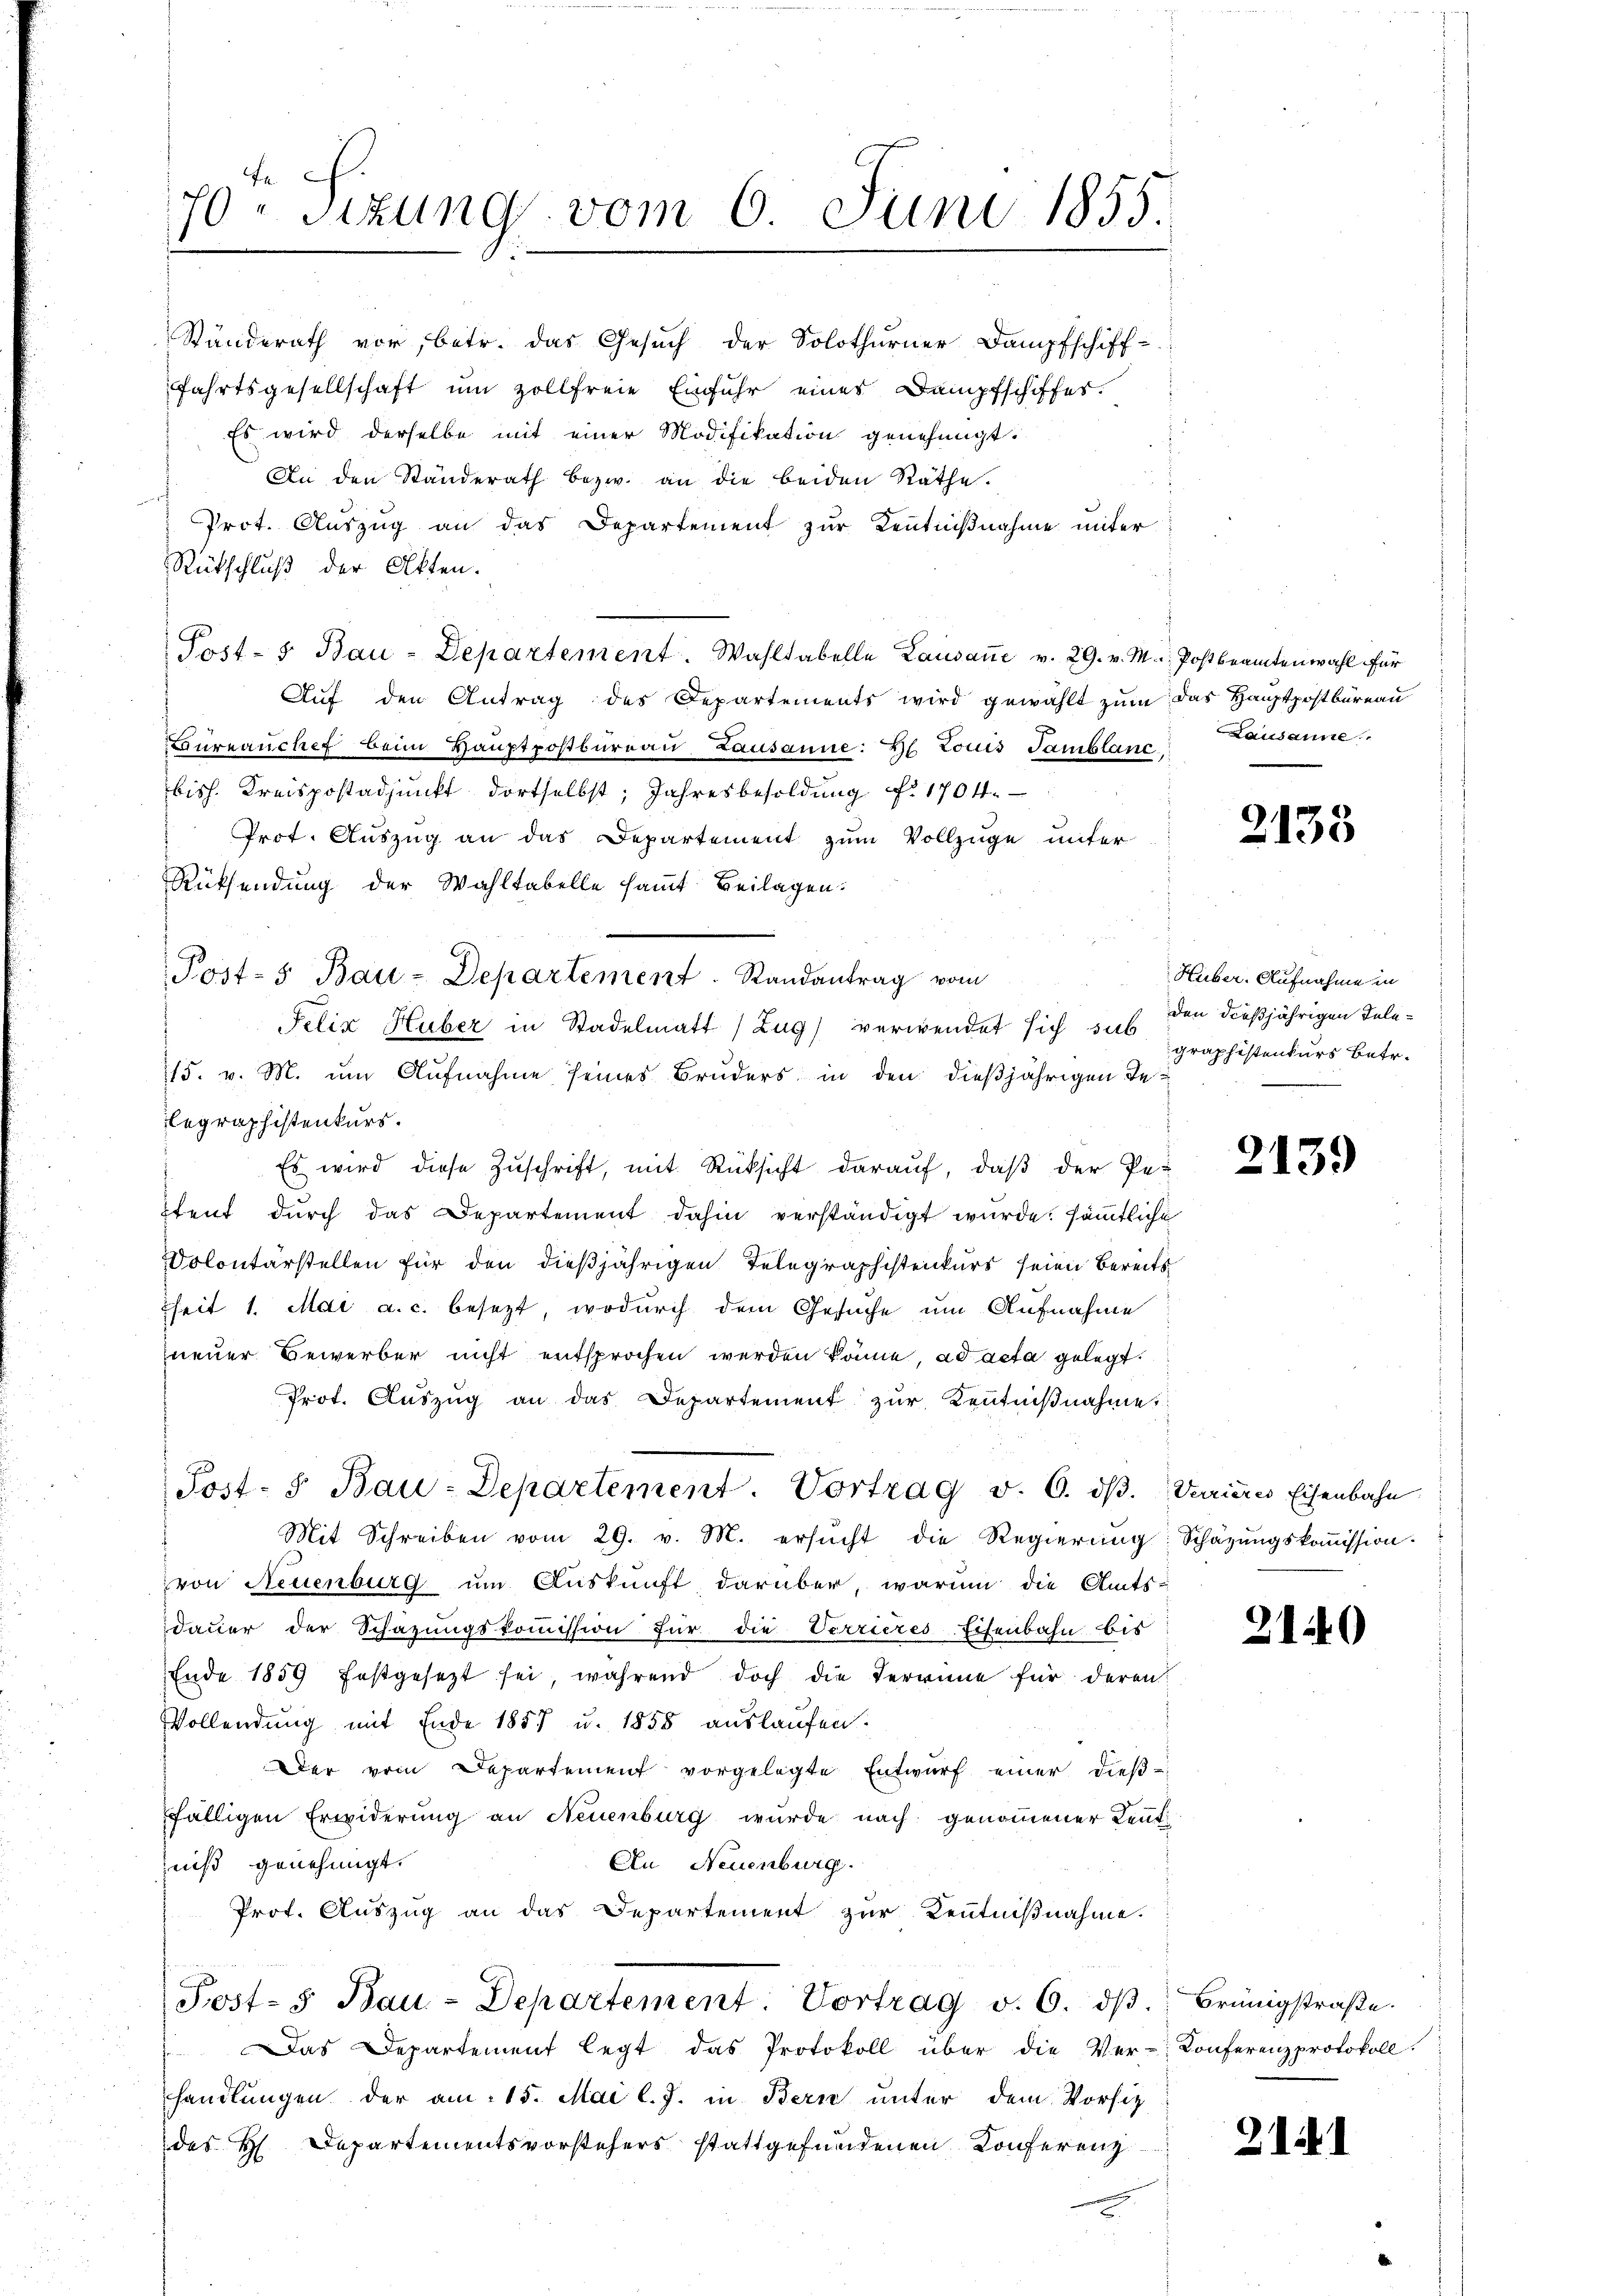
70ten Sizung vom 6. Juni 1855.

fahrtsgesellschaft um zollfreie Einfuhr eines Dampfschiffes.
Es wird derselbe mit einer Modifikation genehmigt.
An den Standerath bezw. an die beiden Räthe.
Prot. Auszug an das Departement zur Kenntnißnahme unter
Rückschluß der Akten.
Post- & Bau-Departement. Wahltabelle Lausaṅe v. 29. v. M. Postbeamtenwahl für
Aŭf den Antrag des Departements wird gewählt zŭm das Hauptpostbüreau
Bureauchef beim Hauptpostbureau Lausanne: Hl. Louis Tamblanc,
bish. Kreispostadjunkt dortselbst; Jahresbesoldung No 1704.
Prot. Auszug an das Departement zum Vollzüge unter
Rücksendung der Wahltabelle samt Beilagen.
Felix Huber in Stadelmatt (Zug) verwendet sich sub
15. v. M. um Aufnahme seines Bruders in den dießjährigen Telegraphistenkurs.
Es wird diese Zŭschrift, mit Rücksicht daraŭf, daβ der Pe¬
Itent dŭrch das Departement dahin verständigt wurde. sämmtliche
Colontärstellen für den dießjährigen Telegraphistenkurs seien bereits
heit 1. Mai a. c. besezt, wodurch dem Gesuche um Aufnahme
neuer Bewerber nicht entsprochen werden könne, ad acta gelegt.
Prot. Aŭszŭg an das Departement zŭr Kenntniβnahme
Post- u Bau-Departement. Vortrag v. 6. dβ. Varieres Eisenbahn
Mit Schreiben vom 29. v. M. ersŭcht die Regierung
von Neuenburg um Auskunft darüber, warum die Amts-
dauer der Schazungskoṁission für die Verrieres-Eisenbahn bis
Ende 1859 festgesetzt sei während doch die Terrinne für deren
Vollendung mit Ende 1857 u. 1858 auslaufen.
Der vom Departement vorgelegte Entwŭrf einer dieβ-
fälligen Erwiderung an Neuenburg wurde nach genommener Leut¬
An Neuenburg.
niß genehmigt.
Prof. Auszug an das Departement zur Kenntnißnahme.
Post- u Bau-Departement: Vortrag v. 6. dβ. Brünigstraβe.
" Das Departement legt das Protokoll über die Ver-Konferenzprotokoll.
handlungen der am 15. Mai l. J. in Bern unter dem Vorsitz
des H. Departementsvorstehers stattgefundenen Konferenz

Stünderath vor, betr. das Gesŭch der Solothurner Dampfschiff-

Post-5 Bau-Departement. Randantrag vom

Lausanne

2135

Huber. Aufnahme in
den dießjährigen Inlegraphistenturs betr.

2139

Schätzungskommission.

21149

21 I